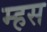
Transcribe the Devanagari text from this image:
म्हस